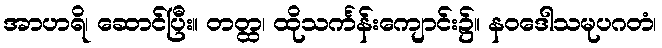
အာဟရိ၊ ဆောင်ပြီး။ တတ္ထ၊ ထိုသင်္ကန်းကျောင်း၌။ နဝဒေါသမုပဂတံ၊